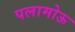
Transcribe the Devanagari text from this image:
पलामोऊ